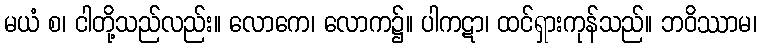
မယံ စ၊ ငါတို့သည်လည်း။ လောကေ၊ လောက၌။ ပါကဋာ၊ ထင်ရှားကုန်သည်။ ဘဝိဿာမ၊